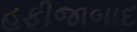
હફીજાબાદ